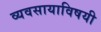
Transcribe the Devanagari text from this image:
व्यवसायाविषयी